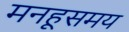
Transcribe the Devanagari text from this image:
मनहूसमय